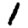
Digit: 1